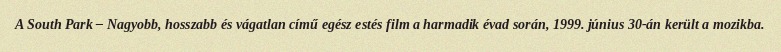
A South Park – Nagyobb, hosszabb és vágatlan című egész estés film a harmadik évad során, 1999. június 30-án került a mozikba.